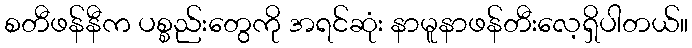
စတီဖန်နီက ပစ္စည်းတွေကို အရင်ဆုံး နာမူနာဖန်တီးလေ့ရှိပါတယ်။